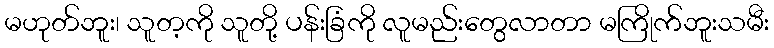
မဟုတ်ဘူး၊ သူတ့ကို သူတို့ ပန်းခြံကို လူမည်းတွေလာတာ မကြိုက်ဘူးသမီး